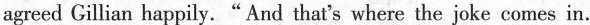
agreed Gillian happily."And that's where the joke comes in.